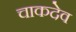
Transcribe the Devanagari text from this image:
चाकदेव